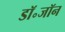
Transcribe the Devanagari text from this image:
डॉ॰जॉन